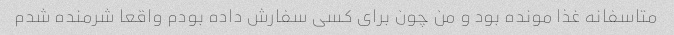
متاسفانه غذا مونده بود و من چون برای کسی سفارش داده بودم واقعا شرمنده شدم